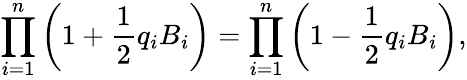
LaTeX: \prod_{i=1}^{n}\left(1+{\frac{1}{2}}q_{i}B_{i}\right)=\prod_{i=1}^{n}\left(1-{\frac{1}{2}}q_{i}B_{i}\right),